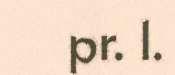
pr. 1.